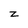
Character: z